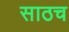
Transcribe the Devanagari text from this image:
साठच